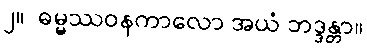
၂။  ဓမ္မဿဝနကာလော အယံ ဘဒ္ဒန္တာ။